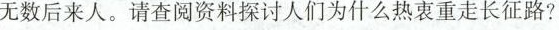
无数后来人。请查阅资料探讨人们为什么热衷重走长征路?